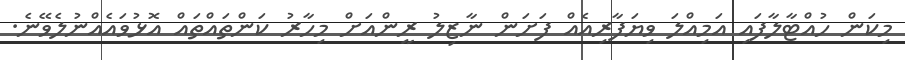
މިކަން ހުއްޓާލާފައި އަމިއްލަ ވިޔަފާރިއެއް ފަށަން ނާޒިލު ރީންއަށް މިހާރު ކަންތައްތައް އޮޅުވައެއްނުލެވޭނެ.